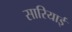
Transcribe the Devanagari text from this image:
सारियाई